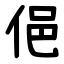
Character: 俋